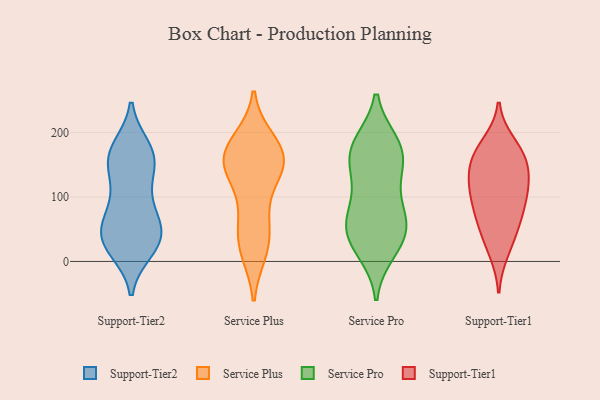
{"axis": {"x": "Page Views", "y": "Value"}, "legend": ["Service Plus", "Service Pro", "Support-Tier1", "Support-Tier2"], "data": [{"x": "", "y": 49, "type": "Support-Tier2"}, {"x": "", "y": 146, "type": "Support-Tier2"}, {"x": "", "y": 19, "type": "Support-Tier2"}, {"x": "", "y": 158, "type": "Support-Tier2"}, {"x": "", "y": 39, "type": "Support-Tier2"}, {"x": "", "y": 117, "type": "Support-Tier2"}, {"x": "", "y": 61, "type": "Support-Tier2"}, {"x": "", "y": 175, "type": "Support-Tier2"}, {"x": "", "y": 172, "type": "Support-Tier2"}, {"x": "", "y": 89, "type": "Support-Tier2"}, {"x": "", "y": 27, "type": "Support-Tier2"}, {"x": "", "y": 27, "type": "Support-Tier2"}, {"x": "", "y": 45, "type": "Support-Tier2"}, {"x": "", "y": 32, "type": "Support-Tier2"}, {"x": "", "y": 163, "type": "Support-Tier2"}, {"x": "", "y": 158, "type": "Support-Tier2"}, {"x": "", "y": 82, "type": "Support-Tier2"}, {"x": "", "y": 72, "type": "Service Plus"}, {"x": "", "y": 143, "type": "Service Plus"}, {"x": "", "y": 31, "type": "Service Plus"}, {"x": "", "y": 20, "type": "Service Plus"}, {"x": "", "y": 64, "type": "Service Plus"}, {"x": "", "y": 164, "type": "Service Plus"}, {"x": "", "y": 146, "type": "Service Plus"}, {"x": "", "y": 155, "type": "Service Plus"}, {"x": "", "y": 173, "type": "Service Plus"}, {"x": "", "y": 17, "type": "Service Plus"}, {"x": "", "y": 178, "type": "Service Plus"}, {"x": "", "y": 186, "type": "Service Plus"}, {"x": "", "y": 132, "type": "Service Plus"}, {"x": "", "y": 152, "type": "Service Plus"}, {"x": "", "y": 25, "type": "Service Pro"}, {"x": "", "y": 127, "type": "Service Pro"}, {"x": "", "y": 75, "type": "Service Pro"}, {"x": "", "y": 174, "type": "Service Pro"}, {"x": "", "y": 52, "type": "Service Pro"}, {"x": "", "y": 73, "type": "Service Pro"}, {"x": "", "y": 76, "type": "Service Pro"}, {"x": "", "y": 176, "type": "Service Pro"}, {"x": "", "y": 43, "type": "Service Pro"}, {"x": "", "y": 150, "type": "Service Pro"}, {"x": "", "y": 183, "type": "Service Pro"}, {"x": "", "y": 40, "type": "Service Pro"}, {"x": "", "y": 180, "type": "Service Pro"}, {"x": "", "y": 139, "type": "Service Pro"}, {"x": "", "y": 16, "type": "Service Pro"}, {"x": "", "y": 37, "type": "Support-Tier1"}, {"x": "", "y": 182, "type": "Support-Tier1"}, {"x": "", "y": 102, "type": "Support-Tier1"}, {"x": "", "y": 168, "type": "Support-Tier1"}, {"x": "", "y": 121, "type": "Support-Tier1"}, {"x": "", "y": 142, "type": "Support-Tier1"}, {"x": "", "y": 62, "type": "Support-Tier1"}, {"x": "", "y": 125, "type": "Support-Tier1"}, {"x": "", "y": 16, "type": "Support-Tier1"}, {"x": "", "y": 108, "type": "Support-Tier1"}, {"x": "", "y": 84, "type": "Support-Tier1"}, {"x": "", "y": 66, "type": "Support-Tier1"}, {"x": "", "y": 162, "type": "Support-Tier1"}, {"x": "", "y": 161, "type": "Support-Tier1"}]}